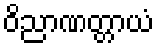
ဝိညာဏတ္တာယံ